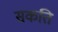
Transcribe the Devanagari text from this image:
सकति